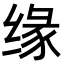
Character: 缘